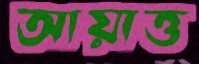
আয়াত্ত